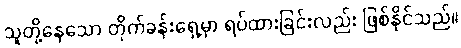
သူတို့နေသော တိုက်ခန်းရှေ့မှာ ရပ်ထားခြင်းလည်း ဖြစ်နိုင်သည်။